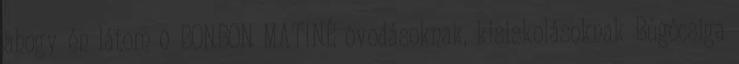
ahogy én látom 0 BONBON MATINÉ óvodásoknak, kisiskolásoknak Búgócsiga